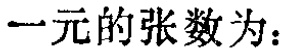
一元的张数为：